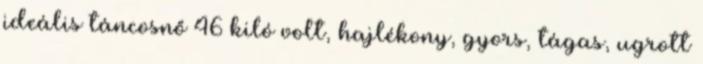
ideális táncosnő 46 kiló volt, hajlékony, gyors, tágas, ugrott